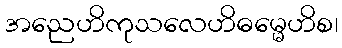
အညေဟိကုသလေဟိဓမ္မေဟိစ၊